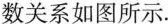
数关系如图所示.